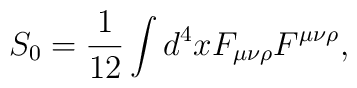
S_{0}={1\over12} \int d^{4}x F_{\mu\nu\rho}F^{\mu\nu\rho}  ,